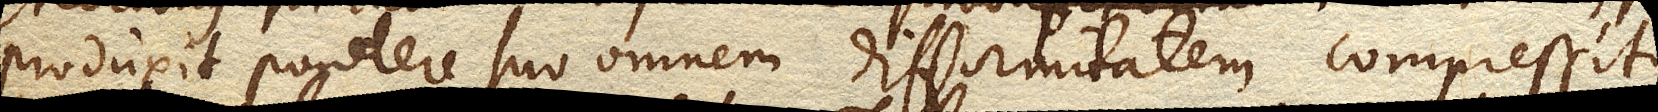
produxit pondere suo omnem difformitatem, compressitque